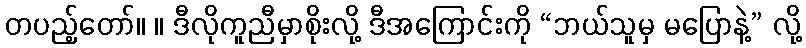
တပည့်တော်။ ။ ဒီလိုကူညီမှာစိုးလို့ ဒီအကြောင်းကို “ဘယ်သူမှ မပြောနဲ့” လို့